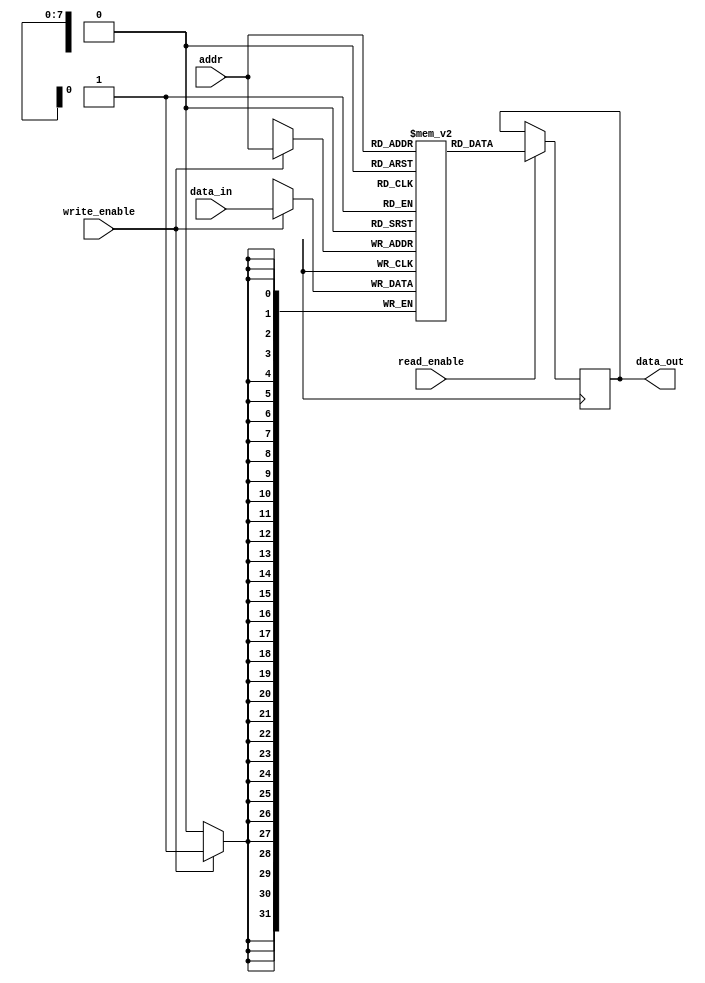
module MemoryBlock (
    input [31:0] data_in,
    input [7:0] addr,
    input write_enable,
    input read_enable,
    output reg [31:0] data_out
);

reg [31:0] memory [0:255];

always @ (posedge clk) begin
    if(write_enable) begin
        memory[addr] <= data_in;
    end
    if(read_enable) begin
        data_out <= memory[addr];
    end
end

endmodule